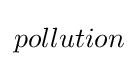
pollution